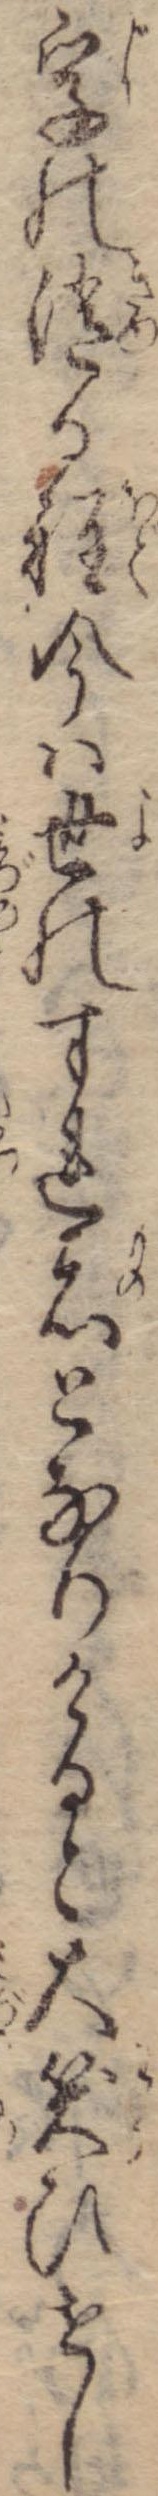
字の消る程今は世のすれ者となりけると大笑ひせし